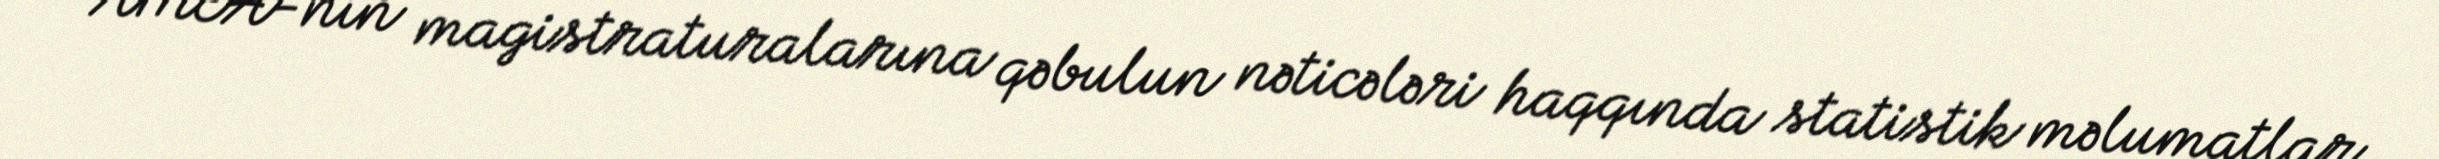
AMEA-nın magistraturalarına qəbulun nəticələri haqqında statistik məlumatlar